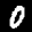
Label: 0